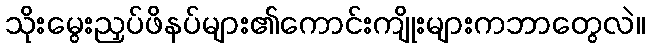
သိုးမွေးညှပ်ဖိနပ်များ၏ကောင်းကျိုးများကဘာတွေလဲ။